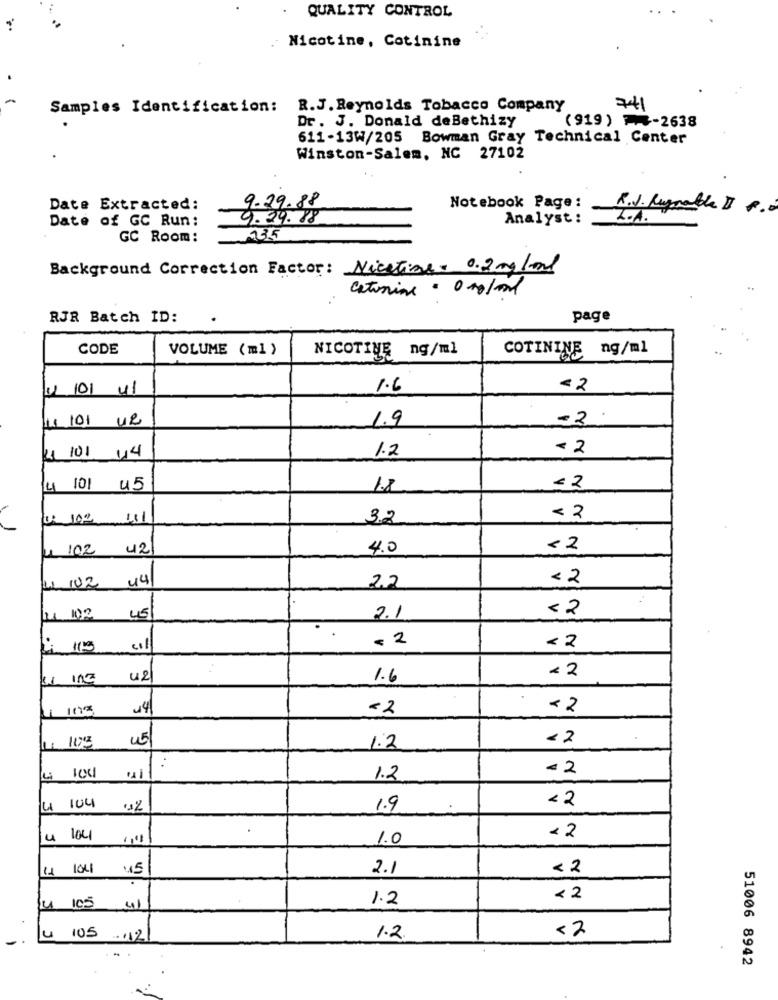
QUALITY CONTROL
Nicotine, Cotinine
-
Samples Identification: R.J. Reynolds Tobacco Company
741
(919) -2638
Dr. J. Donald deBethizy
611-13W/205 Bowman Gray Technical Center
Winston-Salem, NC 27102
Date Extracted:
9.29.88
Notebook Page :
R.J. Rugrable DI R.
Date of GC Run:
9.29.88
Analyst :
Z.A.
GC Room:
_135
Background Correction Factor: Nicetime- 0.2 mg/ml
catanial = 0 mg/ml
RJR Batch ID:
page
CODE
VOLUME (ml )
NICOTINE ng/ml
COTININE ng/ml
4 101 41
1.6
- 2
1.1 101 UR
1.9
-2
21 101
- 2
44
1.2
< 2
4 101
45
1.8
U: 102 131
3.2
< 2
42
4.0
< 2
44
< 2
LL 102
22
<2
IL 102
45
2.1
.. .
- 2
<2
<2
31
42
1.6
1110
14
-2
< 2
103
< 2
1.2
-2
1.2
104
<2
1.9
1.0
<2
1041
45
2.1
< 2
1.2
< 2
105
< 2
4
.. 12
1.2
51006 8942